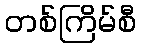
တစ်ကြိမ်စီ